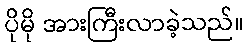
ပိုမို အားကြီးလာခဲ့သည်။